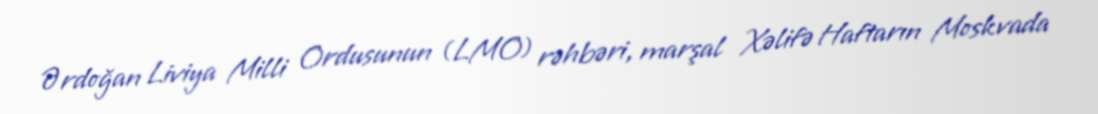
Ərdoğan Liviya Milli Ordusunun (LMO) rəhbəri, marşal Xəlifə Haftarın Moskvada